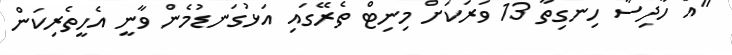
"އެ ހާދިސާ ހިނގިތާ 13 ވަރަކަށް މިނިޓް ތެރޭގައި އަޅުގަނޑުމެން ވާނީ އެހީތެރިކަން